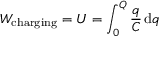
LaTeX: W _ { \mathrm { c h a r g i n g } } = U = \int _ { 0 } ^ { Q } { \frac { q } { C } } \, \mathrm { d } q